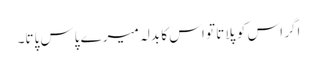
اگر اس کو پلاتا تو اس کا بدلہ میرے پاس پاتا۔